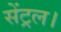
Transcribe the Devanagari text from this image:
सेंट्रल।